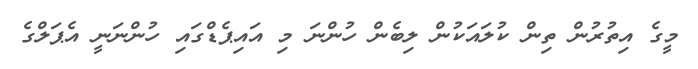
މީގެ އިތުރުން ތިން ކުލައަކުން ލިބެން ހުންނަ މި އައިޕެޑްގައި ހުންނަނީ އެޕަލްގެ